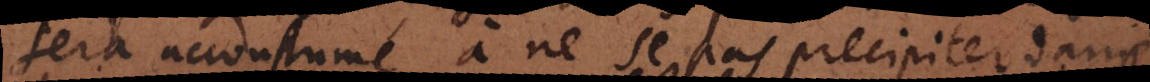
sera accoustumé à ne se pas precipiter dans